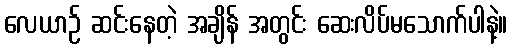
လေယာဉ် ဆင်းနေတဲ့ အချိန် အတွင်း ဆေးလိပ်မသောက်ပါနဲ့။